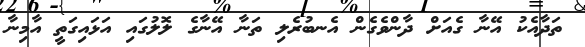
ތަދާއެކު އޭނާ ގެއަށް ދާންވެގެން އެނބުރެލި ތަނާ އޭނާގެ ލޮލުގައި އަޅައިގަތީ އާމިނާ